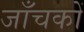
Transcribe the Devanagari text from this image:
जाँचकों